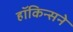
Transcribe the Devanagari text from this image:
हॉकिन्सने